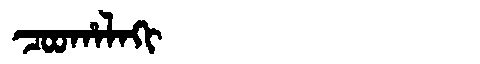
Manchu: ᠴᠣᠣᡥᠠᠯᠠᡴᡳ
Romanization: COOHALAKI